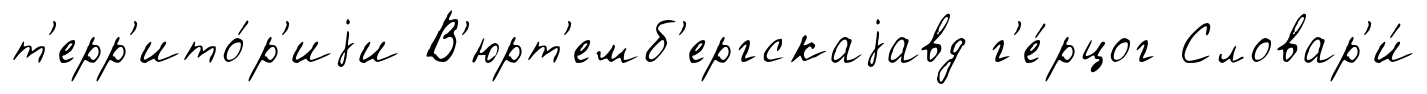
т'ерр'ито́р'иjи В'юрт'емб'ергскаjавд г'е́рцог Словар'и́